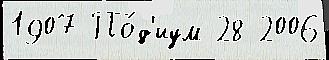
1907 По́д'иум 28 2006